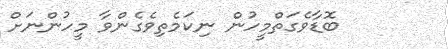
ބޮޑާވެގަތްމީހުން ނިކަމެތިވެގެންވާ މީހުންނަށް